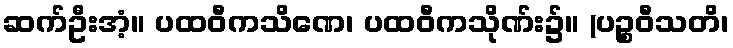
ဆက်ဦးအံ့။ ပထဝီကသိဏေ၊ ပထဝီကသိုဏ်း၌။ (ပဉ္စဝီသတိ၊